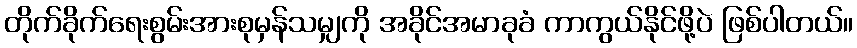
တိုက်ခိုက်ရေးစွမ်းအားစုမှန်သမျှကို အခိုင်အမာခုခံ ကာကွယ်နိုင်ဖို့ပဲ ဖြစ်ပါတယ်။